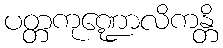
ပတ္တကုဏ္ဍောလိကန္တိ